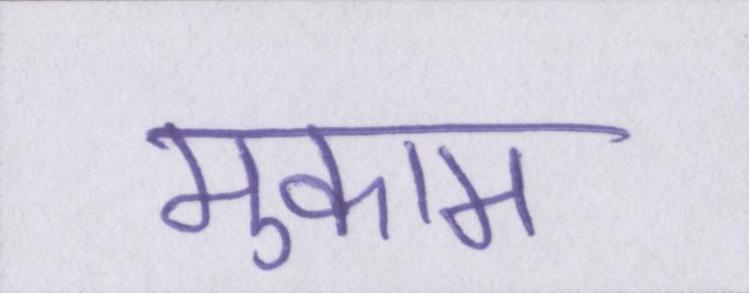
मुकाम